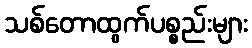
သစ်တောထွက်ပစ္စည်းများ